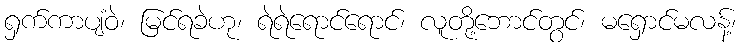
ရှက်ကာပျံဝဲ၊ မြင်ရခဲဟု၊ ရဲရဲရောင်ရောင်၊ လူတို့ဘောင်တွင်၊ မရှောင်မလန့်၊